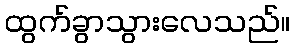
ထွက်ခွာသွားလေသည်။